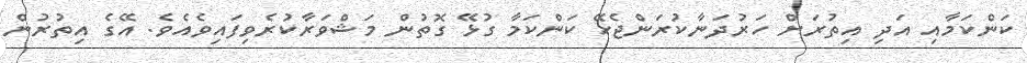
ކަންކަމާއި އަދި އިތުރަށް ހަރުދަނާކުރަންޖެހޭ ކަންކަމާ ގުޅޭ ގޮތުން މަޝްވަރާކުރެވިފައިވެއެވެ. އޭގެ އިތުރުން